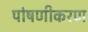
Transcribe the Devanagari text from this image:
पोषणीकरण